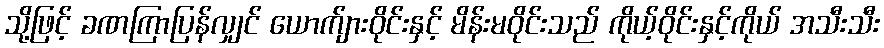
သို့ဖြင့် ခဏကြာပြန်လျှင် ယောက်ျားဝိုင်းနှင့် မိန်းမဝိုင်းသည် ကိုယ့်ဝိုင်းနှင့်ကိုယ် အသီးသီး